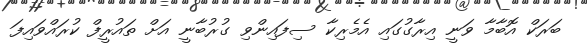
ބަރަކް އޮބާމާ ވަނީ އިރާގުގައި އެމެރިކާ ސިފައިންވި ގުރުބާނީ އަށް ތައުރީފް ކުރައްވައިފަ